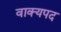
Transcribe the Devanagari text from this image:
वाक्यपद